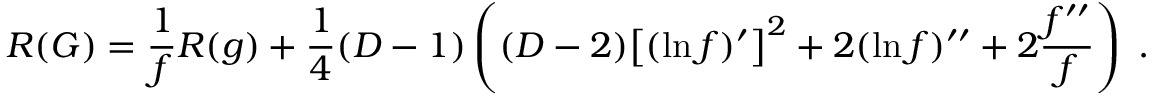
R ( G ) = \frac { 1 } { f } R ( g ) + \frac { 1 } { 4 } ( D - 1 ) \left( ( D - 2 ) \big [ ( \ln f ) ^ { \prime } \big ] ^ { 2 } + 2 ( \ln f ) ^ { \prime \prime } + 2 \frac { f ^ { \prime \prime } } { f } \right) \; .